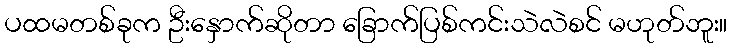
ပထမတစ်ခုက ဦးနှောက်ဆိုတာ ခြောက်ပြစ်ကင်းသဲလဲစင် မဟုတ်ဘူး။